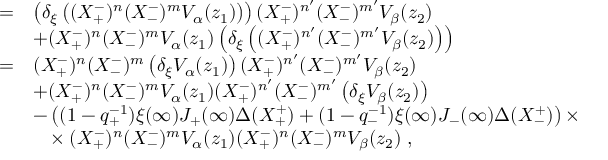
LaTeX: \begin{array} { r c l } { { } } & { { = } } & { { \left( \delta _ { \xi } \left( ( X _ { + } ^ { - } ) ^ { n } ( X _ { - } ^ { - } ) ^ { m } V _ { \alpha } ( z _ { 1 } ) \right) \right) ( X _ { + } ^ { - } ) ^ { n ^ { \prime } } ( X _ { - } ^ { - } ) ^ { m ^ { \prime } } V _ { \beta } ( z _ { 2 } ) } } \\ { { } } & { { } } & { { + ( X _ { + } ^ { - } ) ^ { n } ( X _ { - } ^ { - } ) ^ { m } V _ { \alpha } ( z _ { 1 } ) \left( \delta _ { \xi } \left( ( X _ { + } ^ { - } ) ^ { n ^ { \prime } } ( X _ { - } ^ { - } ) ^ { m ^ { \prime } } V _ { \beta } ( z _ { 2 } ) \right) \right) } } \\ { { } } & { { = } } & { { ( X _ { + } ^ { - } ) ^ { n } ( X _ { - } ^ { - } ) ^ { m } \left( \delta _ { \xi } V _ { \alpha } ( z _ { 1 } ) \right) ( X _ { + } ^ { - } ) ^ { n ^ { \prime } } ( X _ { - } ^ { - } ) ^ { m ^ { \prime } } V _ { \beta } ( z _ { 2 } ) } } \\ { { } } & { { } } & { { + ( X _ { + } ^ { - } ) ^ { n } ( X _ { - } ^ { - } ) ^ { m } V _ { \alpha } ( z _ { 1 } ) ( X _ { + } ^ { - } ) ^ { n ^ { \prime } } ( X _ { - } ^ { - } ) ^ { m ^ { \prime } } \left( \delta _ { \xi } V _ { \beta } ( z _ { 2 } ) \right) } } \\ { { } } & { { } } & { { - \left( ( 1 - q _ { + } ^ { - 1 } ) \xi ( \infty ) J _ { + } ( \infty ) \Delta ( X _ { + } ^ { + } ) + ( 1 - q _ { - } ^ { - 1 } ) \xi ( \infty ) J _ { - } ( \infty ) \Delta ( X _ { - } ^ { + } ) \right) \times } } \\ { { } } & { { } } & { { ~ ~ \times ( X _ { + } ^ { - } ) ^ { n } ( X _ { - } ^ { - } ) ^ { m } V _ { \alpha } ( z _ { 1 } ) ( X _ { + } ^ { - } ) ^ { n } ( X _ { - } ^ { - } ) ^ { m } V _ { \beta } ( z _ { 2 } ) ~ , } } \end{array}